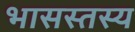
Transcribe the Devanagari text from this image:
भासस्तस्य